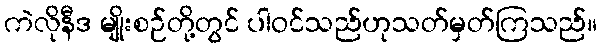
ကဲလိုနီဒ မျိုးစဉ်တို့တွင် ပါဝင်သည်ဟုသတ်မှတ်ကြသည်။